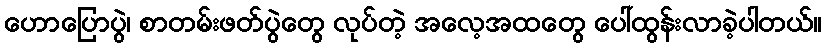
ဟောပြောပွဲ၊ စာတမ်းဖတ်ပွဲတွေ လုပ်တဲ့ အလေ့အထတွေ ပေါ်ထွန်းလာခဲ့ပါတယ်။